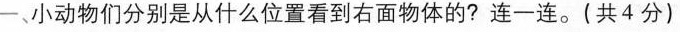
一、小动物们分别是从什么位置看到右面物体的?连一连。(共4分)